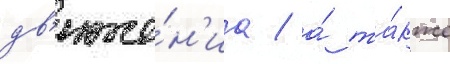
дв'иже́н'иа / а́ та́кже